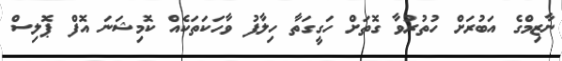
ނާޒިމްގެ އަބުރަށް ހުތުރުވާ ގޮތަށް ހަގީގަތާ ހިލާފު ވާހަކަތަކެއް ކޮމިޝަނަ އޮފް ޕޮލިސް